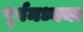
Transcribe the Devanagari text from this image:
पूर्वमध्यमा